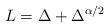
LaTeX: \begin{align*}L=\Delta+\Delta^{\alpha/2}\end{align*}